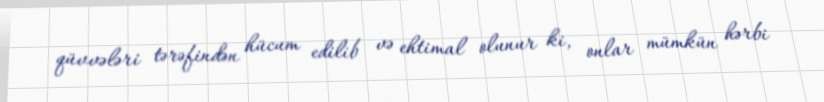
qüvvələri tərəfindən hücum edilib və ehtimal olunur ki, onlar mümkün hərbi